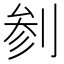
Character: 𱐠